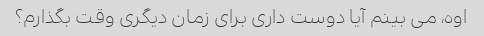
اوه، می بینم آیا دوست داری برای زمان دیگری وقت بگذارم؟